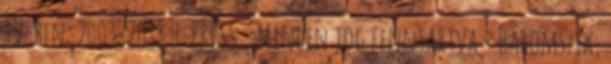
TV-ben: 2003-2018 H-PRESS - Minden jog fenntartva - Háromszék,